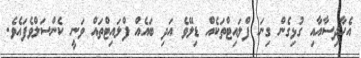
އެހާދިސާއާއި ގުޅިގެން ގިނަ ފްލައިޓްތަކެއް ޑިލޭވެ އަދި ބައެއް ފްލައިޓްތައް ވަނީ ކެންސަލްވެފައެވެ.